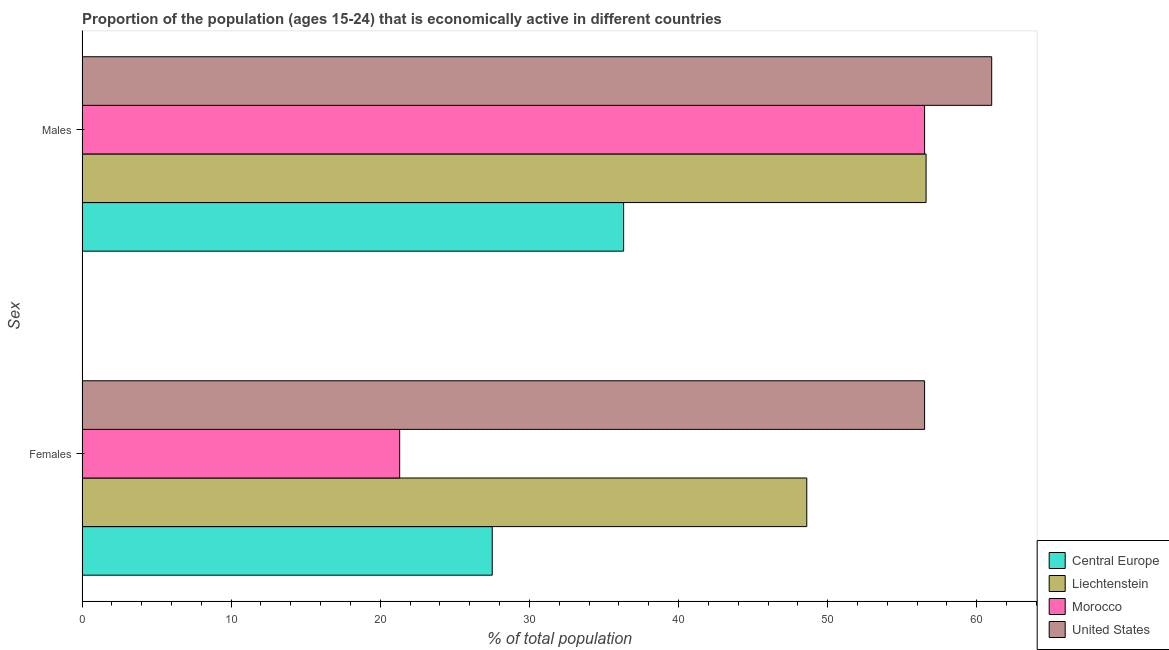
| Sex | Central Europe | Liechtenstein | Morocco | United States |
 | --- | --- | --- | --- | --- |
 | Females | 27.5 | 48.6 | 21.3 | 56.5 |
 | Males | 36.3 | 56.6 | 56.5 | 61 |